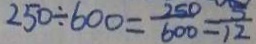
2 5 0 \div 6 0 0 = \frac { 2 5 0 } { 6 0 0 } = \frac { 5 } { 1 2 }